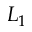
L _ { 1 }